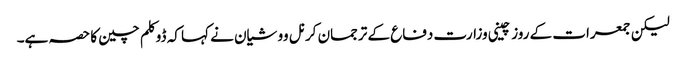
لیکن جمعرات کے روز چینی وزارت دفاع کے ترجمان کرنل وو شیان نے کہا کہ ڈوکلم چین کا حصہ ہے۔